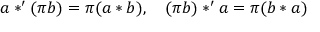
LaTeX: a * ^ { \prime } ( \pi b ) = \pi ( a * b ) , \quad ( \pi b ) * ^ { \prime } a = \pi ( b * a )